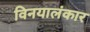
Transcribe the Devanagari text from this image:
विनयालंकार